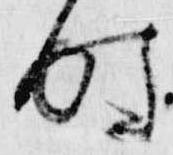
時